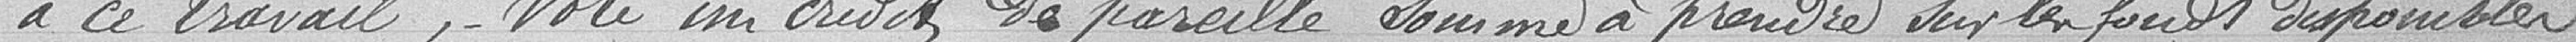
à ce travail, vote un crédit de pareille somme à prendre sur les fonds disponibles